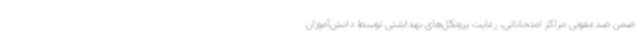
ضمن ضدعفونی مراکز امتحاناتی، رعایت پروتکل‌های بهداشتی توسط دانش‌آموزان